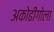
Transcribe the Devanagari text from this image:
अकोढीगोला